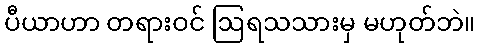
ပီယာဟာ တရားဝင် ဩရသသားမှ မဟုတ်ဘဲ။